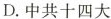
D.中共十四大